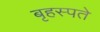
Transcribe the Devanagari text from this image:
बृहस्पते